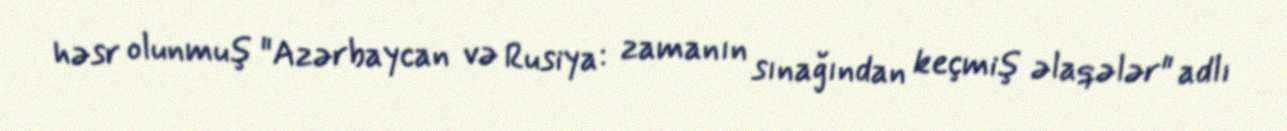
həsr olunmuş "Azərbaycan və Rusiya: zamanın sınağından keçmiş əlaqələr" adlı